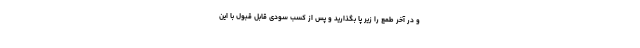
و در آخر طمع را زیر پا بگذارید و پس از کسب سودی قابل قبول با این